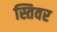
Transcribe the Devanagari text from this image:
स्तिवर